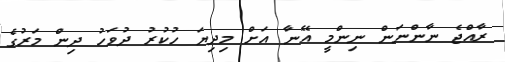
ރާއްޖެ ނާންނަން ނިންމީ އޭނާ އަށް މިދިޔަ ހުކުރު ދުވަހު ދިން މަރުގެ